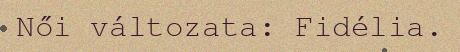
Női változata: Fidélia.